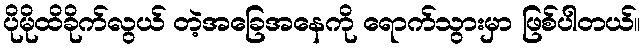
ပိုမိုထိခိုက်လွယ် တဲ့အခြေအနေကို ရောက်သွားမှာ ဖြစ်ပါတယ်။